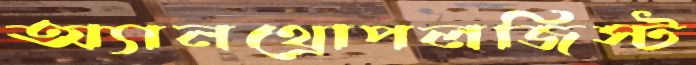
অ্যানথ্রোপলজিস্ট